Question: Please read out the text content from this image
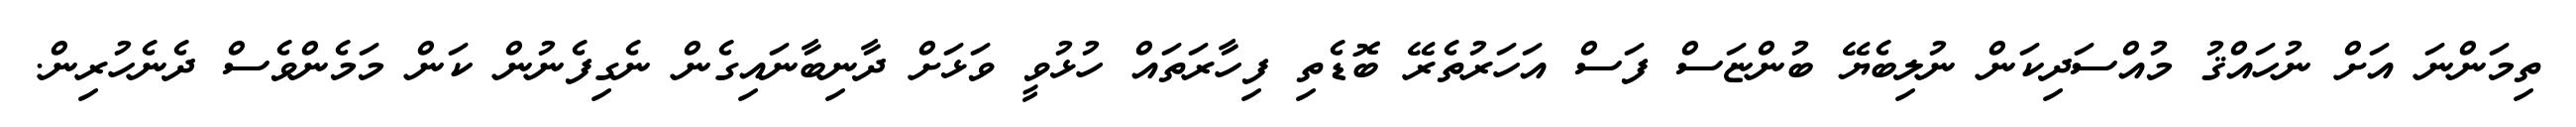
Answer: ތިމަންނަ އަށް ނުހައްޤު މުއްސަދިކަން ނުލިބެޔޭ ބުންޏަސް ފަސް އަހަރުތެރޭ ބޮޑެތި ފިހާރަތައް ހުޅުވީ ވަޅަށް ދާނިބާނައިގެން ނެގިފެނުން ކަން މަމެންވެސް ދެނެހުރިން.